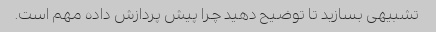
تشبیهی بسازید تا توضیح دهید چرا پیش پردازش داده مهم است.